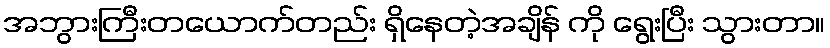
အဘွားကြီးတယောက်တည်း ရှိနေတဲ့အချိန် ကို ရွေးပြီး သွားတာ။